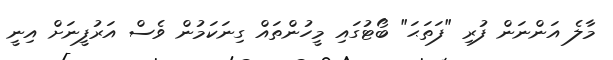
މާލެ އަންނަން ފުރި "ފަތަޙަ" ބޯޓުގައި މީހުންތައް ގިނަކަމުން ވެސް އަރުފީނަށް އިނީ